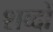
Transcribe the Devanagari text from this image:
शव्दों